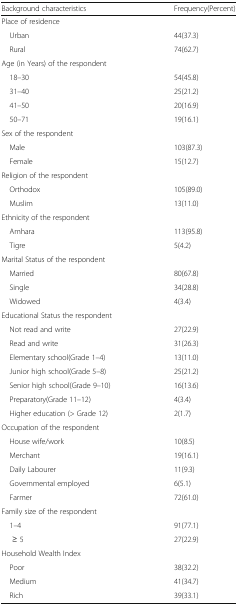
<table><thead><tr><td><b>Background characteristics</b></td><td><b>Frequency(Percent)</b></td></tr></thead><tbody><tr><td colspan="2">Place of residence</td></tr><tr><td> Urban</td><td>44(37.3)</td></tr><tr><td> Rural</td><td>74(62.7)</td></tr><tr><td colspan="2">Age (in Years) of the respondent</td></tr><tr><td> 18–30</td><td>54(45.8)</td></tr><tr><td> 31–40</td><td>25(21.2)</td></tr><tr><td> 41–50</td><td>20(16.9)</td></tr><tr><td> 50–71</td><td>19(16.1)</td></tr><tr><td colspan="2">Sex of the respondent</td></tr><tr><td> Male</td><td>103(87.3)</td></tr><tr><td> Female</td><td>15(12.7)</td></tr><tr><td colspan="2">Religion of the respondent</td></tr><tr><td> Orthodox</td><td>105(89.0)</td></tr><tr><td> Muslim</td><td>13(11.0)</td></tr><tr><td colspan="2">Ethnicity of the respondent</td></tr><tr><td> Amhara</td><td>113(95.8)</td></tr><tr><td> Tigre</td><td>5(4.2)</td></tr><tr><td colspan="2">Marital Status of the respondent</td></tr><tr><td> Married</td><td>80(67.8)</td></tr><tr><td> Single</td><td>34(28.8)</td></tr><tr><td> Widowed</td><td>4(3.4)</td></tr><tr><td colspan="2">Educational Status the respondent</td></tr><tr><td> Not read and write</td><td>27(22.9)</td></tr><tr><td> Read and write</td><td>31(26.3)</td></tr><tr><td> Elementary school(Grade 1–4)</td><td>13(11.0)</td></tr><tr><td> Junior high school(Grade 5–8)</td><td>25(21.2)</td></tr><tr><td> Senior high school(Grade 9–10)</td><td>16(13.6)</td></tr><tr><td> Preparatory(Grade 11–12)</td><td>4(3.4)</td></tr><tr><td> Higher education (&gt; Grade 12)</td><td>2(1.7)</td></tr><tr><td colspan="2">Occupation of the respondent</td></tr><tr><td> House wife/work</td><td>10(8.5)</td></tr><tr><td> Merchant</td><td>19(16.1)</td></tr><tr><td> Daily Labourer</td><td>11(9.3)</td></tr><tr><td> Governmental employed</td><td>6(5.1)</td></tr><tr><td> Farmer</td><td>72(61.0)</td></tr><tr><td colspan="2">Family size of the respondent</td></tr><tr><td> 1–4</td><td>91(77.1)</td></tr><tr><td>≥ 5</td><td>27(22.9)</td></tr><tr><td colspan="2">Household Wealth Index</td></tr><tr><td> Poor</td><td>38(32.2)</td></tr><tr><td> Medium</td><td>41(34.7)</td></tr><tr><td> Rich</td><td>39(33.1)</td></tr></tbody></table>